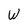
Character: W